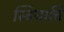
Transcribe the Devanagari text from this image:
स्त्रियाचि